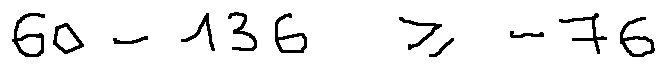
6 0 - 1 3 6 \geq - 7 6